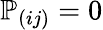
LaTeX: {\mathbb P}_{(ij)}=0